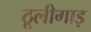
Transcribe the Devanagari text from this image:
ठूलीगाड़